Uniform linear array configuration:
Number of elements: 64
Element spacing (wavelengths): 0.25
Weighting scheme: hann
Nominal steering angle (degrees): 45
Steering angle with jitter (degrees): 44.156
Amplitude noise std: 0.05
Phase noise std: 0.05

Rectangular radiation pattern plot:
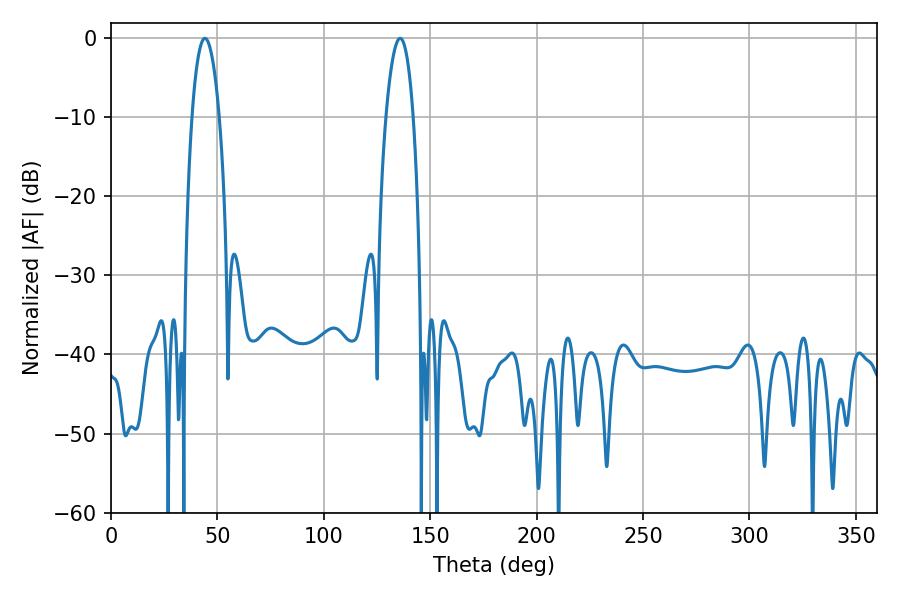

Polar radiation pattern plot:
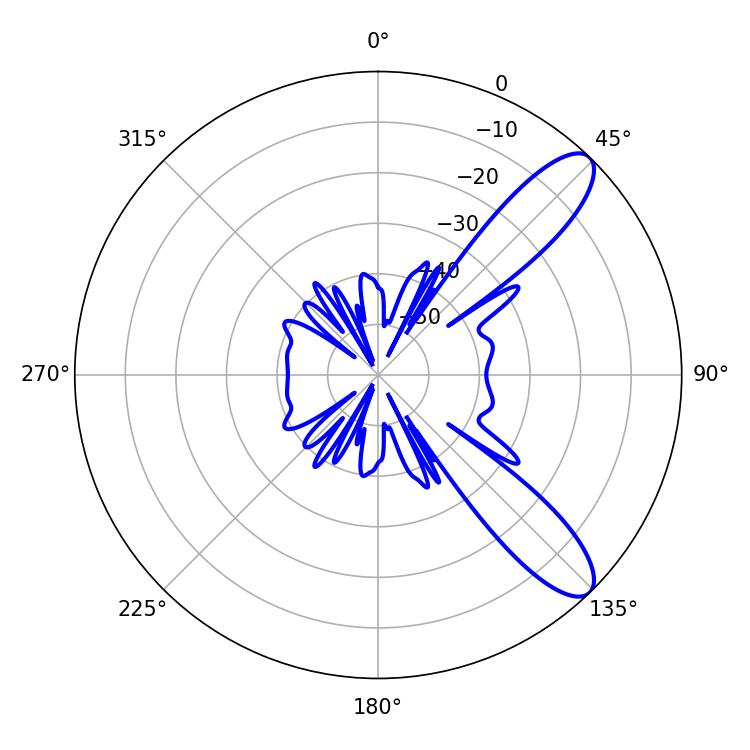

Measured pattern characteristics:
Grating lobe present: FALSE
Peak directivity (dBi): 10.311
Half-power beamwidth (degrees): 7.2
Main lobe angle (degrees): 44.1